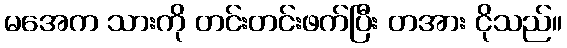
မအေက သားကို တင်းတင်းဖက်ပြီး တအား ငိုသည်။